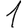
Digit: 1